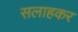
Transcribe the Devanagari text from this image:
सलाहकर